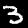
Label: 3